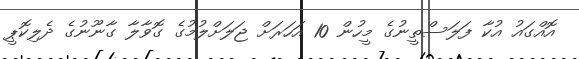
އޮއްގައު އުކާ ފަލަސްތީނުގެ މީހުން 10 އަހަރަށް ޖަލަށްލުމުގެ ގޮވާލާ ގާނޫނުގެ ދެލިކޮޕީ